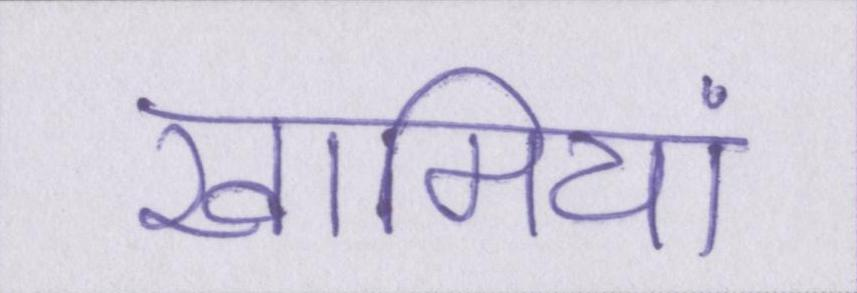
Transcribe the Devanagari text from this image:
खामियां